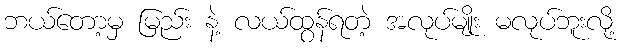
ဘယ်တော့မှ မြည်း နဲ့ လယ်ထွန်ရတဲ့ အလုပ်မျိုး မလုပ်ဘူးလို့